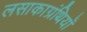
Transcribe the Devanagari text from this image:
लसाकाग्रंथियाँ